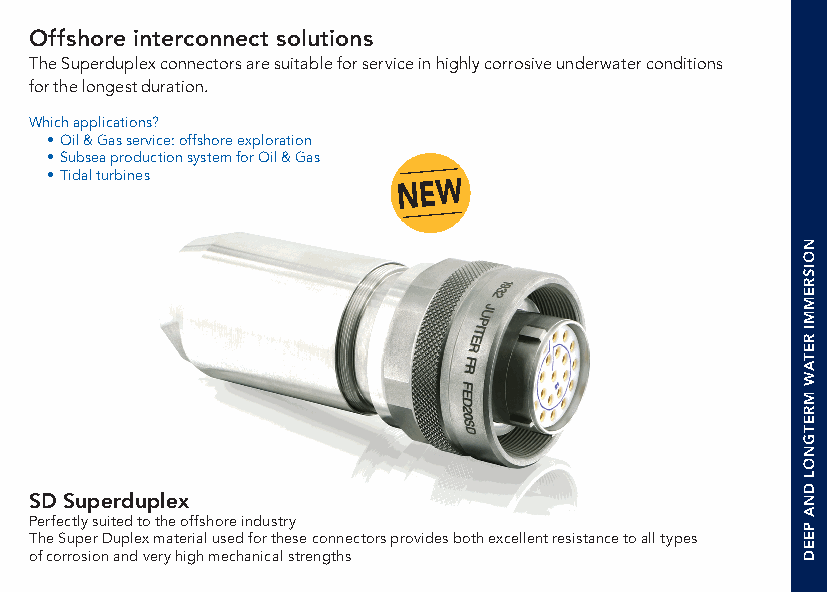
Offshore interconnect solutions
 The Superduplex connectors are suitable for service in highly corrosive underwater conditions
 for the longest duration.
 Which applications?
 • Oil & Gas service: offshore exploration
 • Subsea production system for Oil & Gas
 • Tidal turbines
 NEW
 SD Superduplex
 Perfectly suited to the offshore industry
 The Super Duplex material used for these connectors provides both excellent resistance to all types
 of corrosion and very high mechanical strengths
 NOISREMMI
 RETAW
 MRETGNOL
 DNA
 PEED